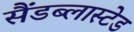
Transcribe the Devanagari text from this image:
सैंडब्लास्टेड